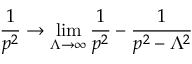
{ \frac { 1 } { p ^ { 2 } } } \to \operatorname* { l i m } _ { \Lambda \to \infty } { \frac { 1 } { p ^ { 2 } } } - { \frac { 1 } { p ^ { 2 } - \Lambda ^ { 2 } } }